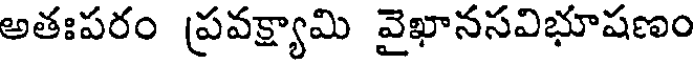
అతఃపరం ప్రవక్ష్యామి వైఖానసవిభూషణం